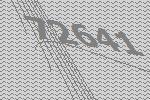
72641